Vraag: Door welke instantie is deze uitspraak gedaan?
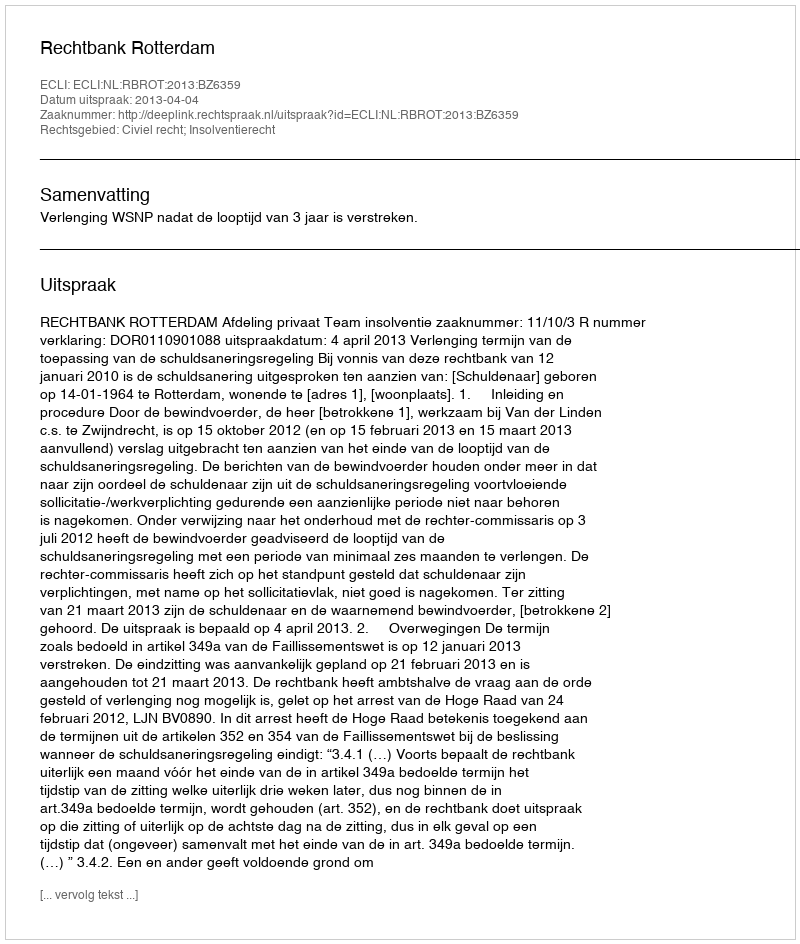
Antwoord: Rechtbank Rotterdam